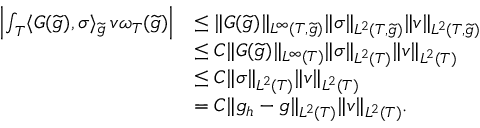
\begin{array} { r l } { \left| \int _ { T } \langle G ( \widetilde { g } ) , \sigma \rangle _ { \widetilde { g } } \, v \omega _ { T } ( \widetilde { g } ) \right| } & { \le \| G ( \widetilde { g } ) \| _ { L ^ { \infty } ( T , \widetilde { g } ) } \| \sigma \| _ { L ^ { 2 } ( T , \widetilde { g } ) } \| v \| _ { L ^ { 2 } ( T , \widetilde { g } ) } } \\ & { \le C \| G ( \widetilde { g } ) \| _ { L ^ { \infty } ( T ) } \| \sigma \| _ { L ^ { 2 } ( T ) } \| v \| _ { L ^ { 2 } ( T ) } } \\ & { \le C \| \sigma \| _ { L ^ { 2 } ( T ) } \| v \| _ { L ^ { 2 } ( T ) } } \\ & { = C \| g _ { h } - g \| _ { L ^ { 2 } ( T ) } \| v \| _ { L ^ { 2 } ( T ) } . } \end{array}